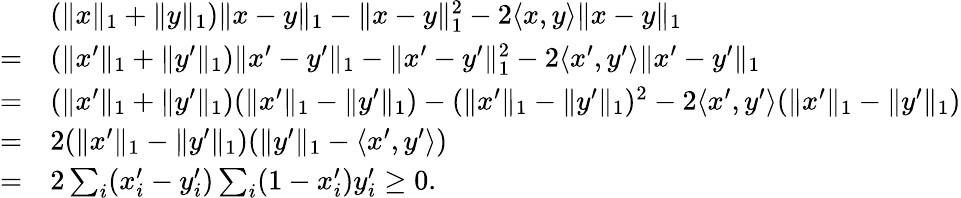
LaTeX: \begin{array}{rl}&{(\| x\| _{1}+\| y\| _{1})\| x-y\| _{1}-\| x-y\| _{1}^{2}-2\langle x,y\rangle\| x-y\| _{1}}\\ {=}&{(\| x^{\prime}\| _{1}+\| y^{\prime}\| _{1})\| x^{\prime}-y^{\prime}\| _{1}-\| x^{\prime}-y^{\prime}\| _{1}^{2}-2\langle x^{\prime},y^{\prime}\rangle\| x^{\prime}-y^{\prime}\| _{1}}\\ {=}&{(\| x^{\prime}\| _{1}+\| y^{\prime}\| _{1})(\| x^{\prime}\| _{1}-\| y^{\prime}\| _{1})-(\| x^{\prime}\| _{1}-\| y^{\prime}\| _{1})^{2}-2\langle x^{\prime},y^{\prime}\rangle(\| x^{\prime}\| _{1}-\| y^{\prime}\| _{1})}\\ {=}&{2(\| x^{\prime}\| _{1}-\| y^{\prime}\| _{1})(\| y^{\prime}\| _{1}-\langle x^{\prime},y^{\prime}\rangle)}\\ {=}&{2\sum_{i}(x_{i}^{\prime}-y_{i}^{\prime})\sum_{i}(1-x_{i}^{\prime})y_{i}^{\prime}\geq 0.}\end{array}